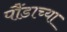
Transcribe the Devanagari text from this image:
पौंडाच्या